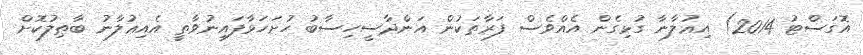
އޮގަސްޓު 2014) އިޢުލާނާ ގުޅިގެން އެއްވެސް ފަރާތަކުން އަންދާސީހިސާބު ހުށަހަޅާފައިނުވާތީ އެއިޢުލާނު ބާޠިލުކޮށް